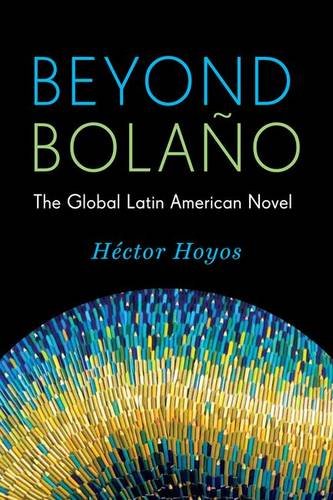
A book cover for Beyond BolaÃ±o: The Global Latin American Novel (Literature Now); HÃ©ctor Hoyos; Literature & Fiction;